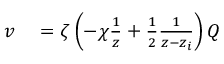
\begin{array} { r l } { v } & { { } = \zeta \left( - \chi \frac { 1 } { z } + \frac { 1 } { 2 } \frac { 1 } { z - z _ { i } } \right) Q } \end{array}